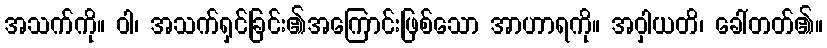
အသက်ကို။ ဝါ၊ အသက်ရှင်ခြင်း၏အကြောင်းဖြစ်သော အာဟာရကို။ အဝှါယတိ၊ ခေါ်တတ်၏။